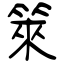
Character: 箂